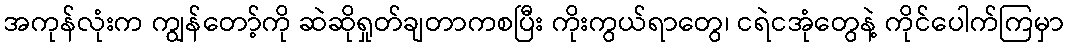
အကုန်လုံးက ကျွန်တော့်ကို ဆဲဆိုရှုတ်ချတာကစပြီး ကိုးကွယ်ရာတွေ၊ ငရဲငအုံတွေနဲ့ ကိုင်ပေါက်ကြမှာ